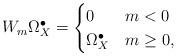
LaTeX: \begin{align*}W_m\Omega^\bullet_X=\begin{cases}0 &m<0\\ \Omega^\bullet_X & m\geq 0 ,\end{cases}\end{align*}